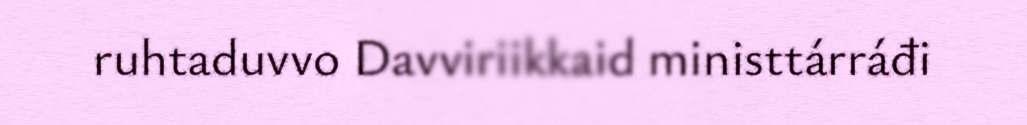
ruhtaduvvo Davviriikkaid ministtárráđi